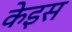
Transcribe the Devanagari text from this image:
केइस